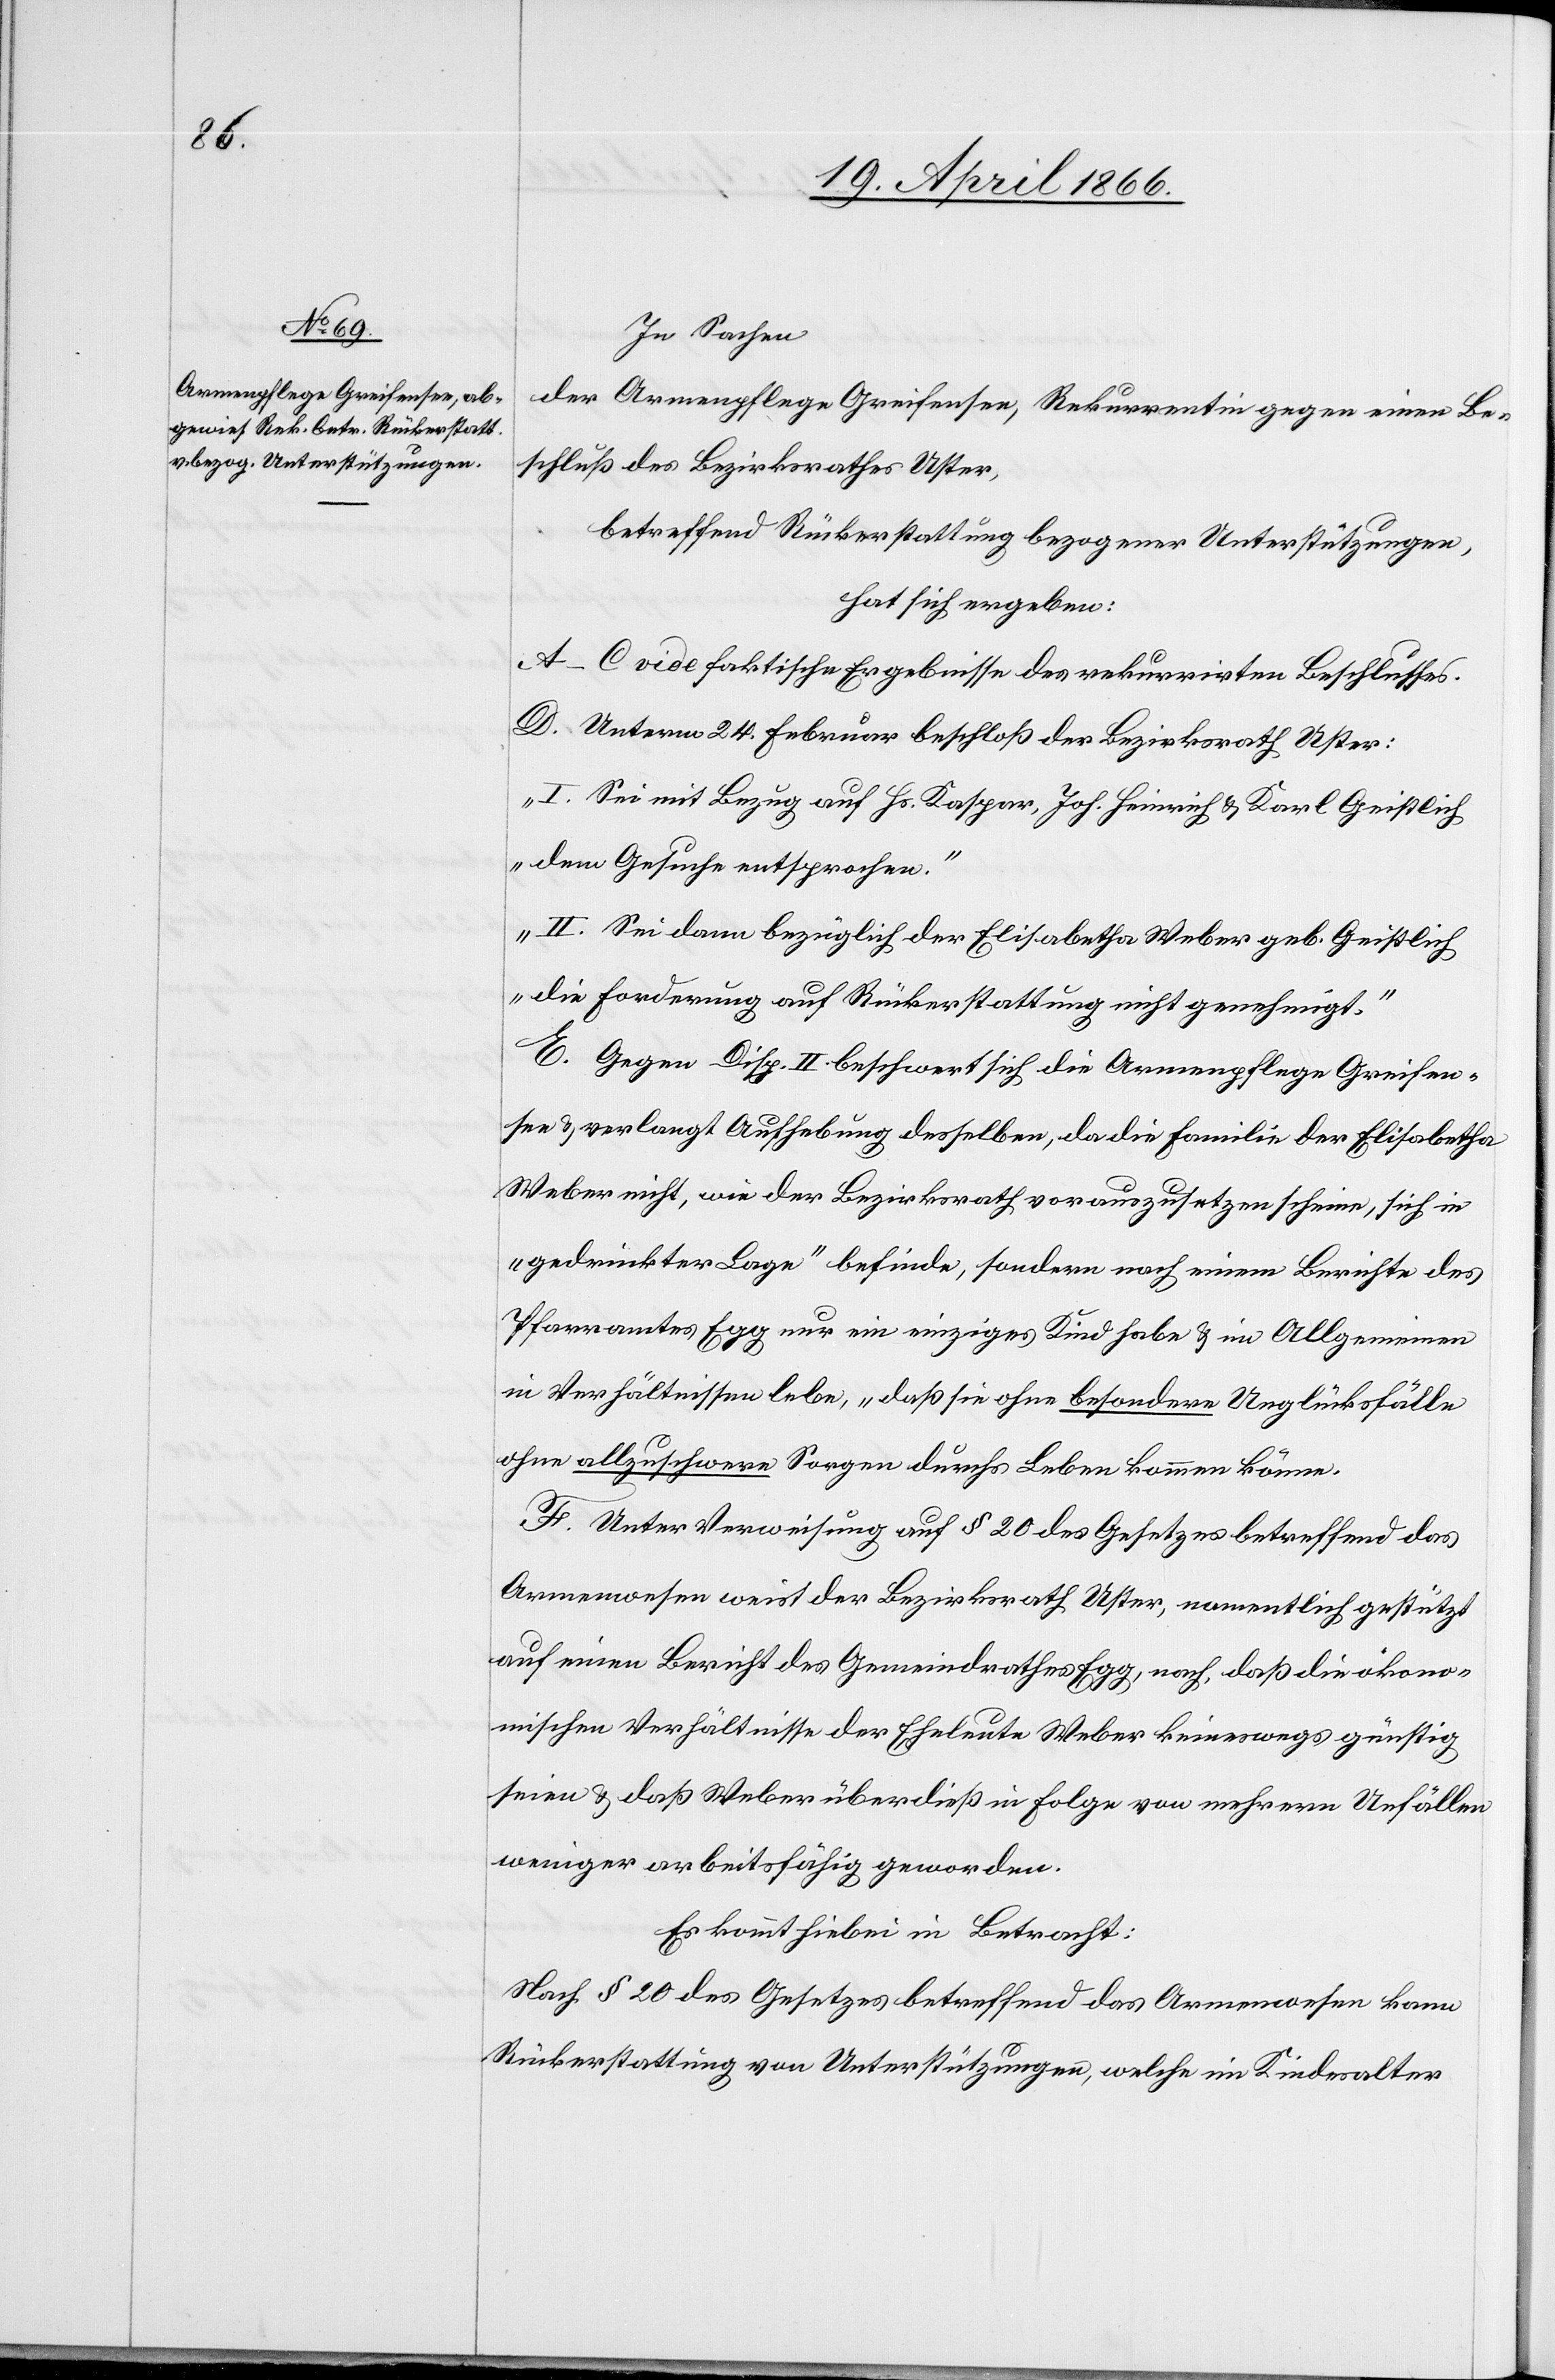
In Sachen
der Armenpflege Greifensee, Rekurrentin gegen einen Be¬
schluß des Bezirksrathes Uster,
betreffend Rückerstattung bezogener Unterstützungen,
hat sich ergeben:
A–C vide faktische Ergebnisse des rekurrirten Beschlusses.
D. Unterm 24. Februar beschloß der Bezirksrath Uster:
„I. Sei mit Bezug auf Hs. Kaspar, Joh. Heinrich u. Karl Geistlich
dem Gesuche entsprochen.
II. Sei dann bezüglich der Elisabetha Weber geb. Geistlich
die Forderung auf Rückerstattung nicht genehmigt.“
E. Gegen Disp. II beschwert sich die Armenpflege Greifen¬
see u. verlangt Aufhebung desselben, da die Familie der Elisabetha
Weber nicht, wie der Bezirksrath vorauszusetzen scheine, sich in
„gedrückter Lage“ befinde, sondern nach einem Berichte des
Pfarramtes Egg nur ein einziges Kind u. im Allgemeinen
in Verhältnissen lebe, „daß sie ohne besondere Unglücksfälle
ohne allzuschwere Sorgen durchs Leben kommen könne[“].
F. Unter Verweisung auf § 28 des Gesetzes betreffend das
Armenwesen weist der Bezirksrath Uster, namentlich gestützt
auf einen Bericht des Gemeindrathes Egg, nach, daß die ökono¬
mischen Verhältnisse der Eheleute Weber keineswegs günstig
seien u. daß Weber überdieß in Folge von mehrern Unfällen
weniger arbeitsfähig geworden.
Es kommt hiebei in Betracht:
Nach § 20 des Gesetzes betreffend das Armenwesen kann
Rückerstattung von Unterstützungen, welche im Kindesalter